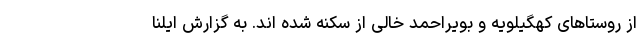
از روستاهای کهگیلویه و بویراحمد خالی از سکنه شده اند. به گزارش ایلنا